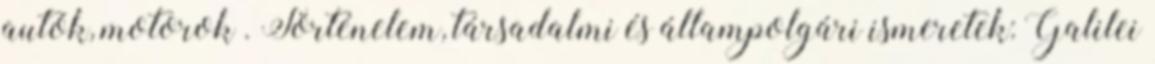
autók, motorok . Történelem, társadalmi és állampolgári ismeretek: Galilei